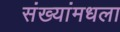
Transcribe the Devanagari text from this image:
संख्यांमधला